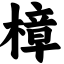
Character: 樟